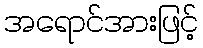
အရောင်အားဖြင့်